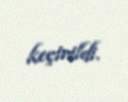
keçirildi.